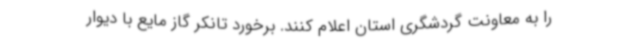
را به معاونت گردشگری استان اعلام کنند. برخورد تانکر گاز مایع با دیوار